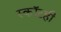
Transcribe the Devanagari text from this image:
स्कॉटही